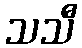
သသီ